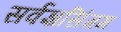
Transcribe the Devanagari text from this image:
सर्वज्ञसिंगम